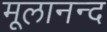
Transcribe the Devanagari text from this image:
मूलानन्द